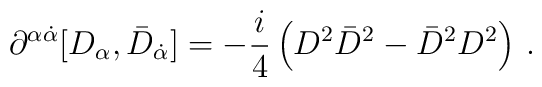
\partial^{\alpha\dot\alpha}[D_\alpha ,\bar D_{\dot \alpha}]=-\frac{i}{4}\left(D^2\bar D^2 -\bar D^2 D^2 \right)\, .